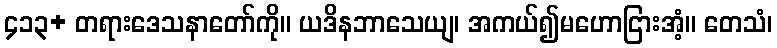
၄၁၃+ တရားဒေသနာတော်ကို။ ယဒိနဘာသေယျ၊ အကယ်၍မဟောငြားအံ့။ တေသံ၊